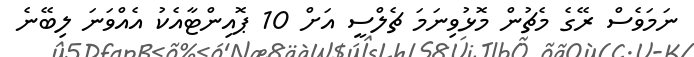
ނަމަވެސް ރޭގެ މެޗުން މޮޅުވިނަމަ ޗެލްސީ އަށް 10 ޕޮއިންޓާއެކު އެއްވަނަ ލިބޭނެ